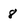
Character: 8